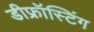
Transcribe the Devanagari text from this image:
डीफ्रॉस्टिंग